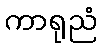
ကာရုညံ